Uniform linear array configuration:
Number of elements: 16
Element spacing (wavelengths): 1
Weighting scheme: kaiser
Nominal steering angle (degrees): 60
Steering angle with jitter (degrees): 60.712
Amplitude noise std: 0.05
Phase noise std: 0.05

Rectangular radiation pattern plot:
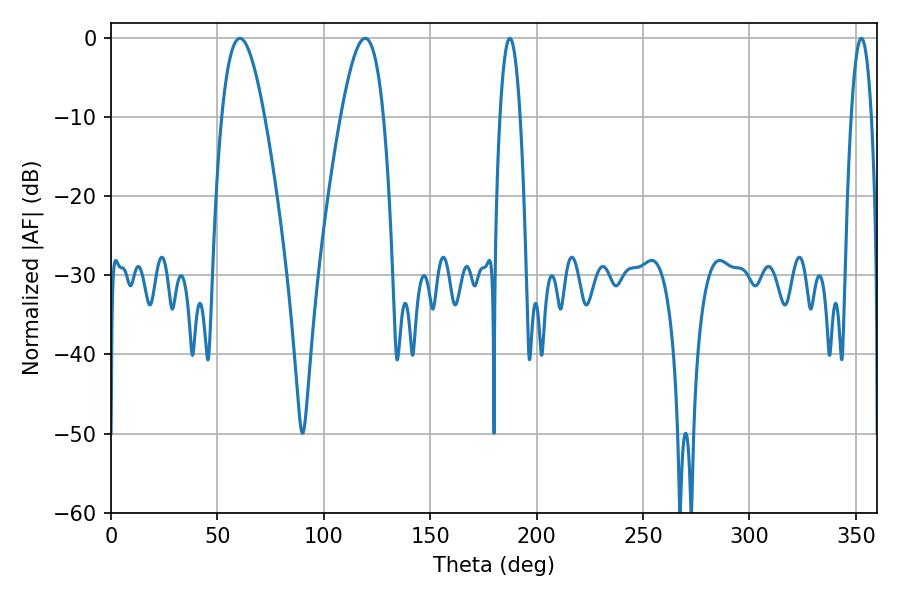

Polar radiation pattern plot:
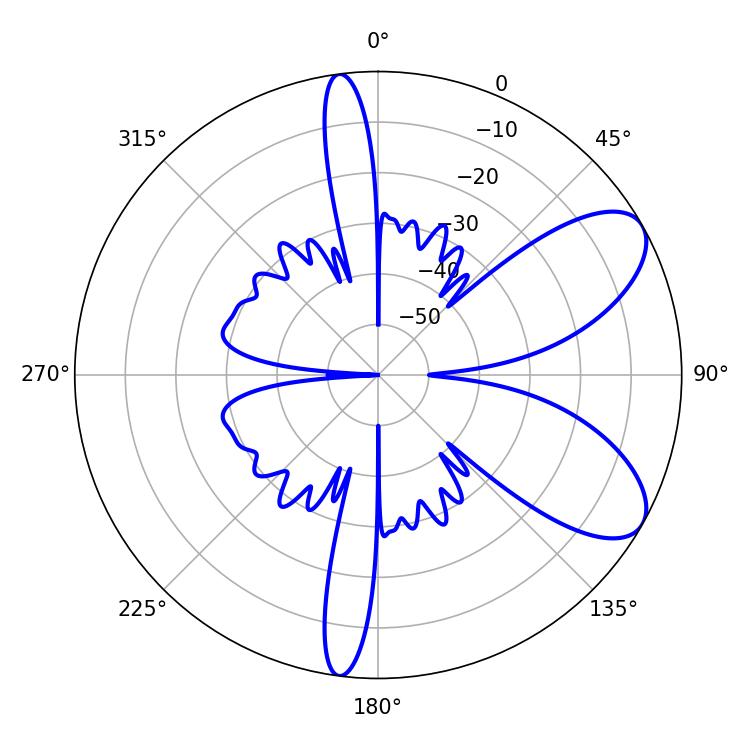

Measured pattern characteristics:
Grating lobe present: TRUE
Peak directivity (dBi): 7.77
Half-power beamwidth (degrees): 5.22
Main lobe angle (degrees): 352.62